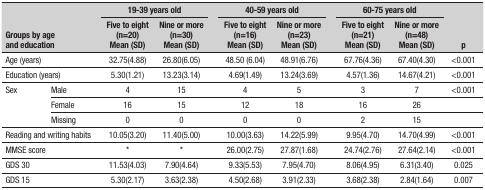
| <ROWSPAN=2-COLSPAN=2> Groups by ageandeducation | <COLSPAN=2> 19-39 years old |  | <COLSPAN=2> 40-59 years old |  | <COLSPAN=2> 60-75 years old | <ROWSPAN=2> p |
 | Five to eight(n=20)Mean (SD) | Nine or more(n=30)Mean (SD) |  | Five to eight(n=16)Mean (SD) | Nine or more(n=23)Mean (SD) |  | Five to eight(n=21)Mean (SD) | Nine or more(n=48)Mean (SD) |
 | --- | --- | --- | --- | --- | --- | --- | --- | --- | --- | --- |
 | <COLSPAN=2> Age (years) | 32.75(4.88) | 26.80(6.05) |  | 48.50 (6.04) | 48.91(6.76) |  | 67.76(4.36) | 67.40(4.30) | <0.001 |
 | <COLSPAN=2> Education (years) | 5.30(1.21) | 13.23(3.14) |  | 4.69(1.49) | 13.24(3.69) |  | 4.57(1.36) | 14.67(4.21) | <0.001 |
 | <ROWSPAN=3> Sex | Male | 4 | 15 |  | 4 | 5 |  | 3 | 7 | <0.001 |
 | Female | 16 | 15 |  | 12 | 18 |  | 16 | 26 |  |
 | Missing | 0 | 0 |  | 0 | 0 |  | 2 | 15 |  |
 | <COLSPAN=2> Reading and writing habits | 10.05(3.20) | 11.40(5.00) |  | 10.00(3.63) | 14.22(5.99) |  | 9.95(4.70) | 14.70(4.99) | <0.001 |
 | <COLSPAN=2> MMSE score | * | * |  | 26.00(2.75) | 27.87(1.68) |  | 24.74(2.76) | 27.64(2.14) | <0.001 |
 | <COLSPAN=2> GDS 30 | 11.53(4.03) | 7.90(4.64) |  | 9.33(5.53) | 7.95(4.70) |  | 8.06(4.95) | 6.31(3.40) | 0.025 |
 | <COLSPAN=2> GDS 15 | 5.30(2.17) | 3.63(2.38) |  | 4.50(2.68) | 3.91(2.33) |  | 3.68(2.38) | 2.84(1.64) | 0.007 |